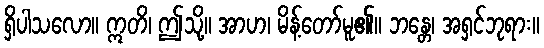
ရှိပါသလော။ ဣတိ၊ ဤသို့။ အာဟ၊ မိန့်တော်မူ၏။ ဘန္တေ၊ အရှင်ဘုရား။